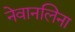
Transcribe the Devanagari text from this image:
नेवानलिना